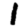
Digit: 1